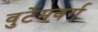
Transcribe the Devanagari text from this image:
वुर्टेमवर्ग